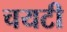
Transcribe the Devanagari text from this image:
चयटी